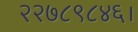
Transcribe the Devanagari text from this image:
२२७८९८४६।